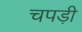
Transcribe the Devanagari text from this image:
चपड़ी